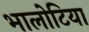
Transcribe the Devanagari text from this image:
भालोटिया